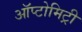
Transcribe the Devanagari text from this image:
ऑप्टोमिट्री